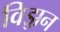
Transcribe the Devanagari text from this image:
विझ़न